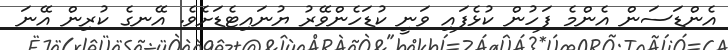
އެންޑަސަން އެންމެ ފަހުން ކުޅެފައި ވަނީ ކުޑަހެންވޭރު ޔުނައިޓެޑަށެވެ. އޭނގެ ކުރިން އޭނަ